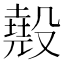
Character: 𣫁